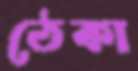
ঠেকা